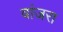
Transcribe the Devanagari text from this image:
वांजरा